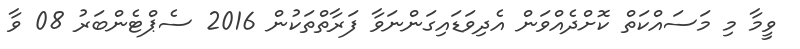
ވީމާ މި މަސައްކަތް ކޮށްދެއްވަން އެދިވަޑައިގަންނަވާ ފަރާތްތަކުން 2016 ސެޕްޓެންބަރު 08 ވާ